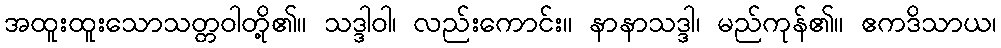
အထူးထူးသောသတ္တဝါတို့၏။ သဒ္ဒါဝါ၊ လည်းကောင်း။ နာနာသဒ္ဒါ၊ မည်ကုန်၏။ ဧကဒိသာယ၊